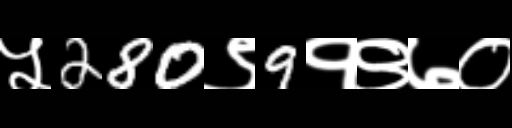
Text: ५280९9१९७०